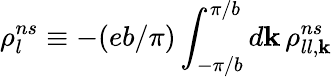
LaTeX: \rho_{l}^{ns}\equiv-(eb/\pi)\int_{-\pi/b}^{\pi/b}d\mathbf{k}\, \rho_{ll,\mathbf{k}}^{ns}